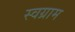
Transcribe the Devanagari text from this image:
स्वग्राम